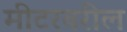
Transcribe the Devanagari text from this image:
मीटरवरील